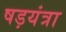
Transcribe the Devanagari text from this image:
षड़यंत्रा